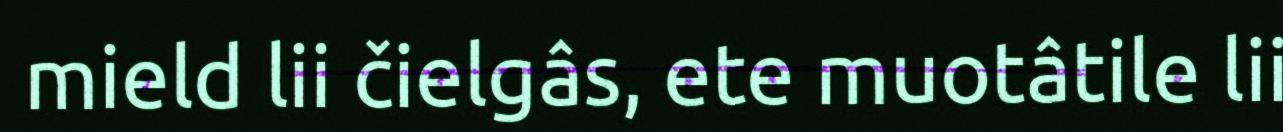
mield lii čielgâs, ete muotâtile lii